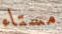
مستاء